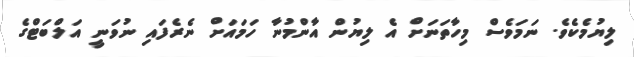
ލިޔުމެކެވެ. ނަމަވެސް މިހާތަނަށް އެ ލިޔުން އާންމުނާ ހަމައަށް ނެރެފައި ނުވަނީ އަލްބަޓްގެ